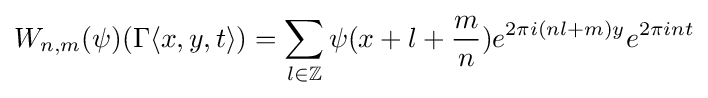
W_{n,m}(\psi )(\Gamma \langle x,y,t\rangle )=\sum _{l\in \mathbb {Z} }\psi (x+l+{m \over n})e^{2\pi i(nl+m)y}e^{2\pi int}